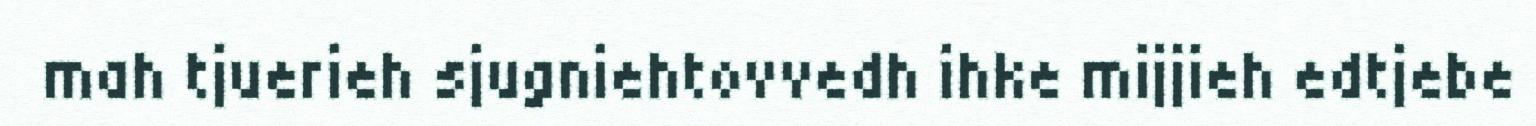
mah tjuerieh sjugniehtovvedh ihke mijjieh edtjebe